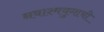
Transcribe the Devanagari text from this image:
नवाश्मयुगाची